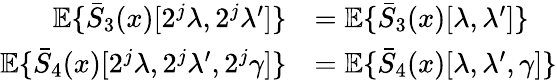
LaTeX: \begin{array}{rl}{{\mathbb E}\{ \bar{S}_{3}(x)[2^{j}\lambda,2^{j}\lambda^{\prime}]\} }&{={\mathbb E}\{ \bar{S}_{3}(x)[\lambda,\lambda^{\prime}]\} }\\ {{\mathbb E}\{ \bar{S}_{4}(x)[2^{j}\lambda,2^{j}\lambda^{\prime},2^{j}\gamma]\} }&{={\mathbb E}\{ \bar{S}_{4}(x)[\lambda,\lambda^{\prime},\gamma]\} }\end{array}